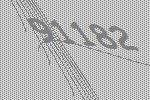
91182